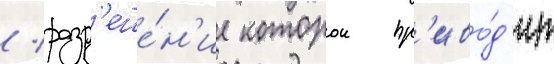
/ разр'еше́н'ие которои пр'иво́д'ит